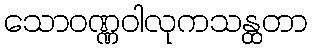
သောဝဏ္ဏဝါလုကသန္ထတာ